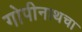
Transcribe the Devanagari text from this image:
गोपीनाथचा